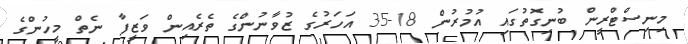
މިނިސްޓްރީން ބުނިގޮތުގައި އުމުރުން 18-35 އަހަރުގެ ޒުވާނުންގެ ތެރެއިން ވަޒީފާ ނެތް މީހުންގެ